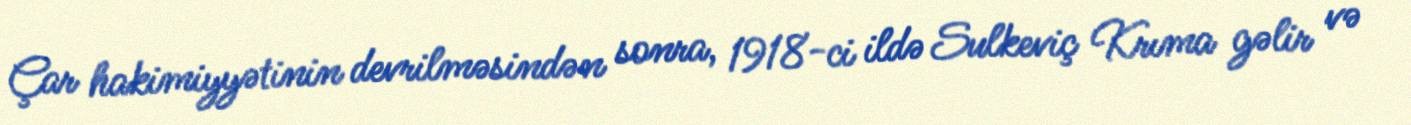
Çar hakimiyyətinin devrilməsindən sonra, 1918-ci ildə Sulkeviç Krıma gəlir və